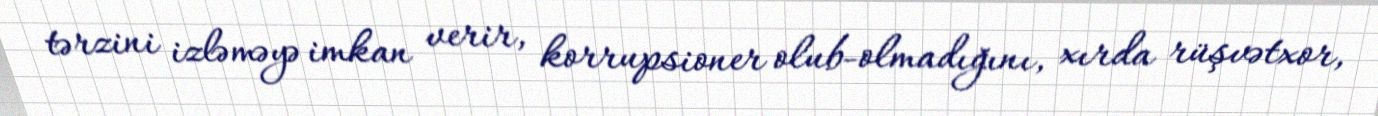
tərzini izləməyə imkan verir, korrupsioner olub-olmadığını, xırda rüşvətxor,